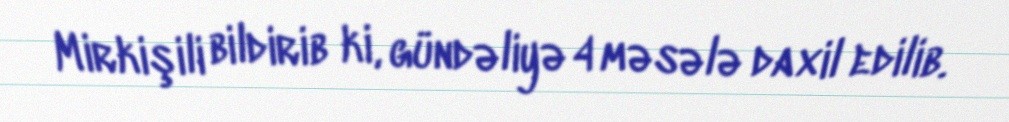
Mirkişili bildirib ki, gündəliyə 4 məsələ daxil edilib.